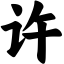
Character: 许